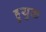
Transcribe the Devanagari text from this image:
हुयुक